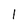
Character: 1